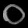
Digit: ၀